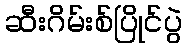
ဆီးဂိမ်းစ်ပြိုင်ပွဲ